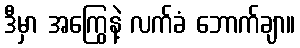
ဒီမှာ အကြွေနဲ့ လက်ခံ ဘောက်ချာ။